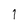
Character: 1